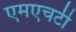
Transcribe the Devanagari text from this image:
एमएचटी